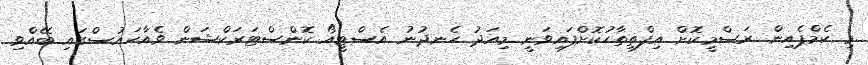
މި ކެމްޕެއިން ރަސްމީކޮށް އިފްތިތާހުކޮށްފައިވަނީ މިއަދު ހެނދުނު އެސްޓީއޯ ކޮންސްޓަރަކްޝަން ވެއާހައުސްގައި ބޭއްވި